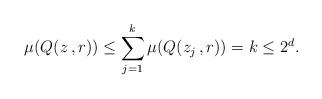
LaTeX: \begin{align*}\mu(Q(z\,,r)) \le \sum_{j=1}^k \mu(Q(z_j\,,r)) = k \le 2^d.\end{align*}